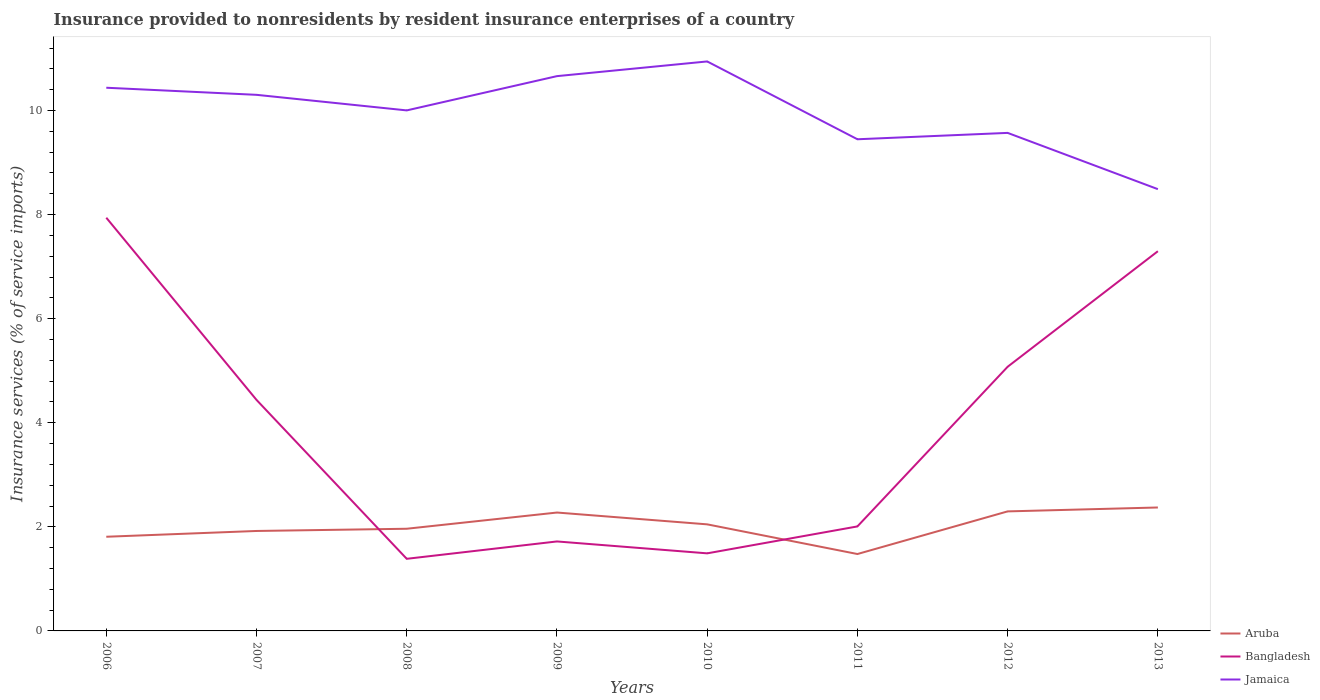
| Years | Aruba | Bangladesh | Jamaica |
 | --- | --- | --- | --- |
 | 2006 | 1.81 | 7.94 | 10.4 |
 | 2007 | 1.92 | 4.44 | 10.3 |
 | 2008 | 1.96 | 1.39 | 10 |
 | 2009 | 2.27 | 1.72 | 10.7 |
 | 2010 | 2.05 | 1.49 | 10.9 |
 | 2011 | 1.48 | 2.01 | 9.45 |
 | 2012 | 2.3 | 5.08 | 9.57 |
 | 2013 | 2.37 | 7.3 | 8.49 |